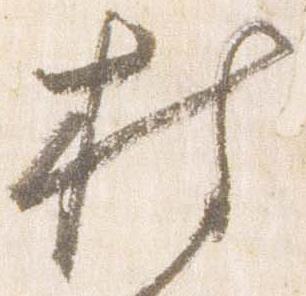
持